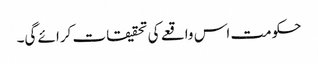
حکومت اس واقعے کی تحقیقات کرائے گی۔